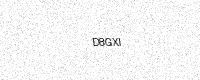
Text: D8GXI